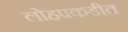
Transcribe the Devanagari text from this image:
लोहपकडीत